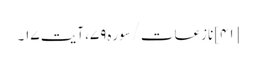
[۴۱] نازعات/سوره۷۹، آیت ۱۷۔